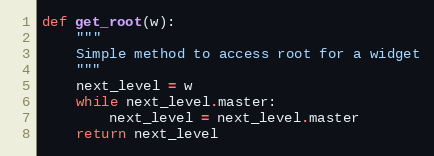
Language: Python
def get_root(w):
    """
    Simple method to access root for a widget
    """
    next_level = w
    while next_level.master:
        next_level = next_level.master
    return next_level